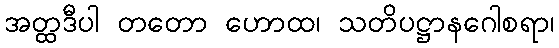
အတ္ထဒီပါ တတော ဟောထ၊ သတိပဋ္ဌာနဂေါစရာ၊